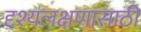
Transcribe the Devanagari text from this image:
दृश्यलक्षणासाठी